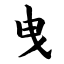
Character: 曳